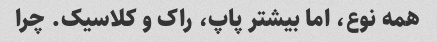
همه نوع، اما بیشتر پاپ، راک و کلاسیک. چرا